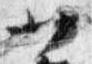
廿